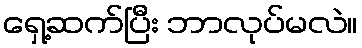
ရှေ့ဆက်ပြီး ဘာလုပ်မလဲ။